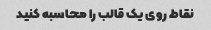
نقاط روی یک قالب را محاسبه کنید